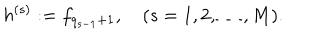
h ^ { ( s ) } : = f _ { q _ { s - 1 } + 1 } , \quad ( s = 1 , 2 , \dots , M ) .